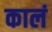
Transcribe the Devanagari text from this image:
कालं